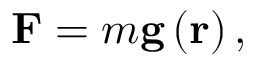
\mathbf { F } = m \mathbf { g } \left( \mathbf { r } \right) ,